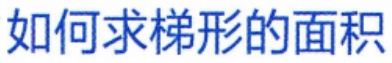
如何求梯形的面积